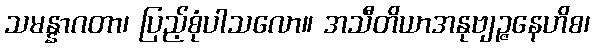
သမန္နာဂတာ၊ ပြည့်စုံပါသလော။ အသီတိယာအနုဗျဉ္ဇနေဟိစ၊